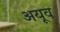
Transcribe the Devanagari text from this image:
अयूव